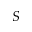
S